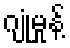
ဂျုံမှုန့်